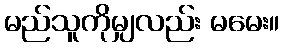
မည်သူကိုမျှလည်း မမေး။